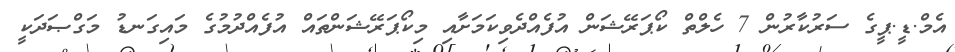
އެމް.ޑީ.ޕީގެ ސަރުކާރުން 7 ހެލްތް ކޯޕަރޭޝަން އުފެއްދެވިކަމަށާއި މިކޯޕަރޭޝަންތައް އުފެއްދުމުގެ މައިގަނޑު މަގްޞަދަކީ